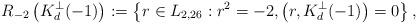
LaTeX: \begin{align*}R_{-2}\left( K_d^\perp(-1) \right) := \left\{r \in L_{2,26} : r^2 = -2, \left(r,K_d^\perp(-1)\right) = 0\right\},\end{align*}